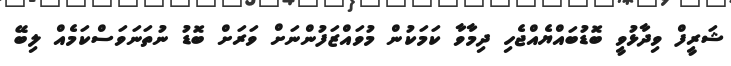
ޝަރީފް ވިދާޅުވީ ބޮޑުބައްޔެއްޖެހި ދިމާވާ ކަމަކުން މުވައްޒަފުންނަށް ވަރަށް ބޮޑު ނުތަނަވަސްކަމެއް ލިބޭ